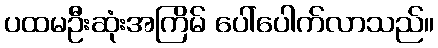
ပထမဦးဆုံးအကြိမ် ပေါ်ပေါက်လာသည်။